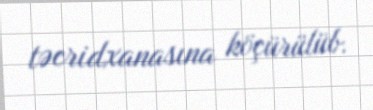
təcridxanasına köçürülüb.